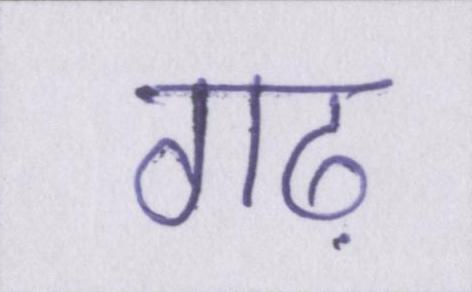
गढ़